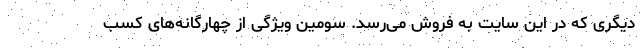
دیگری که در این سایت به فروش می‌رسد. سومین ویژگی از چهارگانه‌های کسب